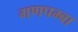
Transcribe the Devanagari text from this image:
गणपम्बा